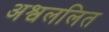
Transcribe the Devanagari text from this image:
अश्वललित